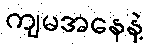
ကျမအနေနဲ့